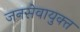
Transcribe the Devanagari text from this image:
जनसेवायुक्‍त